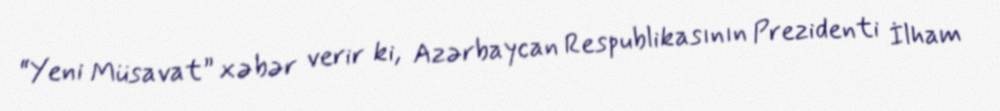
“Yeni Müsavat” xəbər verir ki, Azərbaycan Respublikasının Prezidenti İlham